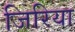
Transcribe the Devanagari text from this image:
जिरिया